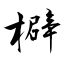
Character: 檘